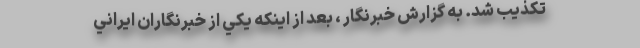
تكذيب شد. به گزارش خبرنگار ، بعد از اينكه يكي از خبرنگاران ايراني